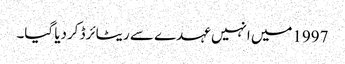
1997میں انہیں عہدے سے ریٹائرڈ کردیا گیا۔